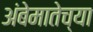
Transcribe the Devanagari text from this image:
अंबेमातेच्या